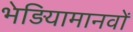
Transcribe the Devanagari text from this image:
भेड़ियामानवों